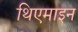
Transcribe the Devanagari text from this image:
थिएमाइन